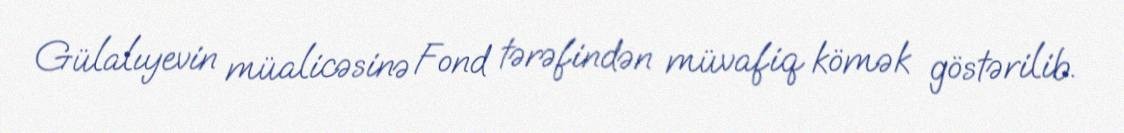
Gülalıyevin müalicəsinə Fond tərəfindən müvafiq kömək göstərilib.